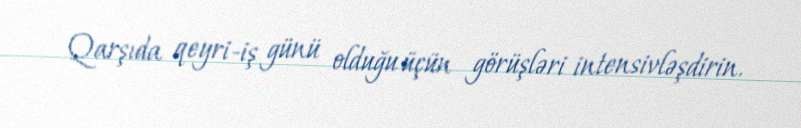
Qarşıda qeyri-iş günü olduğu üçün görüşləri intensivləşdirin.